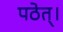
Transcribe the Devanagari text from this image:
पठेत्‌।